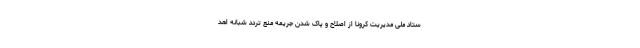
ستاد ملی مدیریت کرونا از اصلاح و پاک شدن جریمه منع تردد شبانه اهد